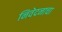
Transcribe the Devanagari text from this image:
निवेदनाचा